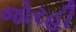
જોરહી